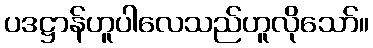
ပဒဋ္ဌာန်ဟူပါလေသည်ဟူလိုသော်။